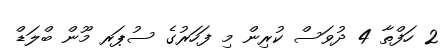
2 ހަފްތާ 4 ދުވަސް ކުރިން މި ފަހަރުގެ ސުޕަރ މޫން ބްލަޑް